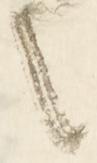
に